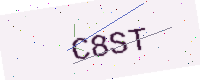
Text: C8ST